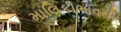
માલિકીભાવથી